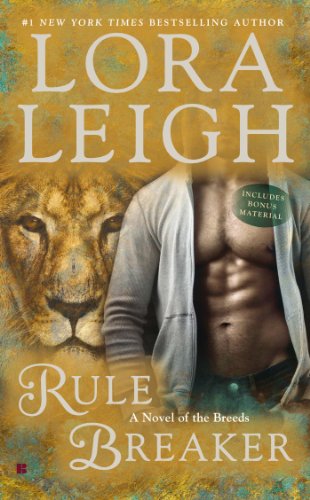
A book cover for Rule Breaker: A Novel of the Breeds; Lora Leigh; Science Fiction & Fantasy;